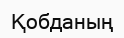
Қобданың